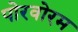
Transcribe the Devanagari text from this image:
पोरवोरम